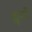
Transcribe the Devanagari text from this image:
ह्यूगों